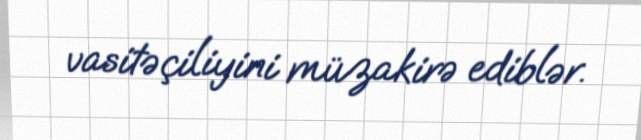
vasitəçiliyini müzakirə ediblər.